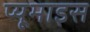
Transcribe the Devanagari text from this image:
प्यूमाइस